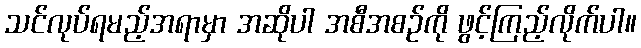
သင်လုပ်ရမည့်အရာမှာ အဆိုပါ အစီအစဉ်ကို ဖွင့်ကြည့်လိုက်ပါ။